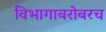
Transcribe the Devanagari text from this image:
विभागाबरोबरच